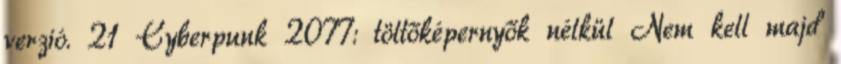
verzió. 21 Cyberpunk 2077: töltőképernyők nélkül Nem kell majd